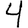
Digit: 4